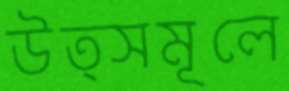
উত্সমূলে